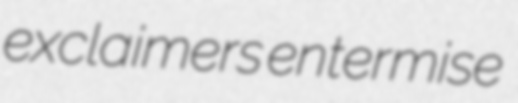
exclaimers entermise